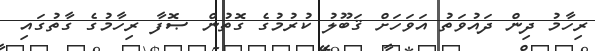
ރިހާމު ދިން ދައުވަތު އަވަހަށް ޤަބޫލު ކުރުމުގެ ގޮތުން ޞޮފާ ރިހާމުގެ ގާތުގައި